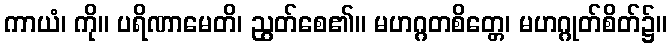
ကာယံ၊ ကို။ ပရိဏာမေတိ၊ ညွတ်စေ၏။ မဟဂ္ဂတစိတ္တေ၊ မဟဂ္ဂုတ်စိတ်၌။